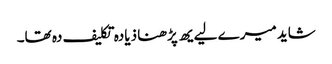
شاید میرے لیےیھ پڑھنا ذیادہ تکلیف دہ تھا۔